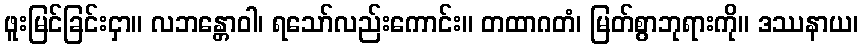
ဖူးမြင်ခြင်းငှာ။ လဘန္တောဝါ၊ ရသော်လည်းကောင်း။ တထာဂတံ၊ မြတ်စွာဘုရားကို။ ဒဿနာယ၊